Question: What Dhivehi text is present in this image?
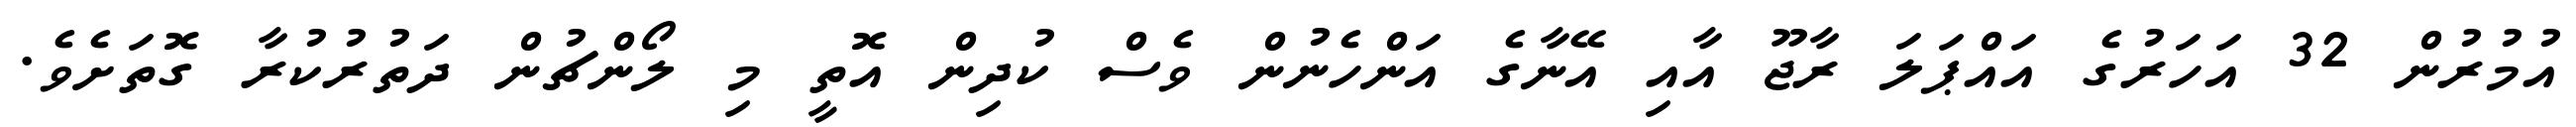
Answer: އުމުރުން 32 އަހަރުގެ އައްޕަލަ ރާޖޫ އާއި އޭނާގެ އަންހެނުން ވެސް ކުދިން އޮތީ މި ލޯންޗުން ދަތުރުކުރާ ގޮތަށެވެ.